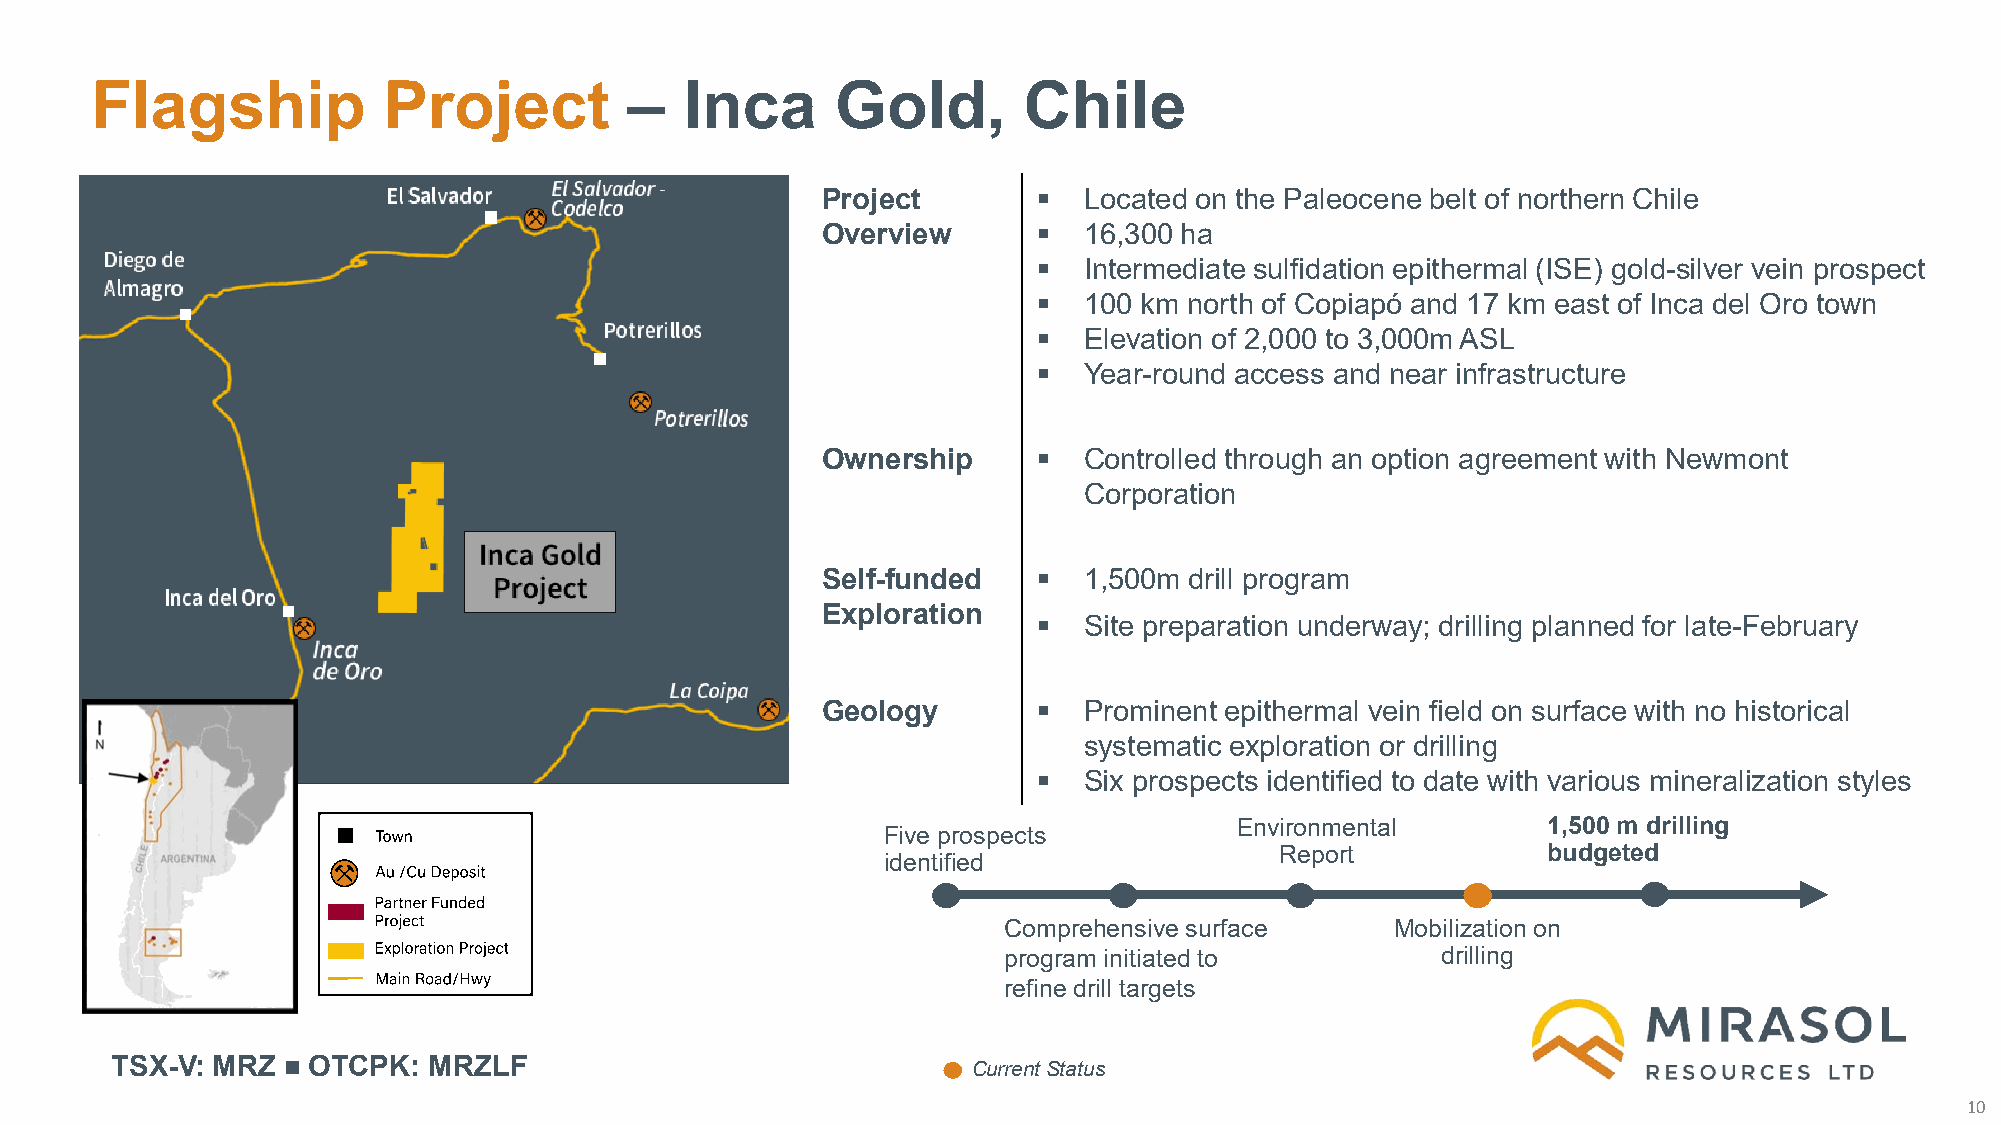
Flagship           Project          –  Inca      Gold,        Chile
 Project          Located on the Paleocene belt of northern Chile
 Overview         16,300 ha
   Intermediate sulfidation epithermal (ISE) gold-silver vein prospect
   100 km north of Copiapó and 17 km east of Inca del Oro town
   Elevation of 2,000 to 3,000m ASL
   Year-round access and near infrastructure
 Ownership        Controlled through an option agreement with Newmont
 Corporation
 Self-funded      1,500m drill program
 Exploration
   Site preparation underway; drilling planned for late-February
 Geology          Prominent epithermal vein field on surface with no historical
 systematic exploration or drilling
   Six prospects identified to date with various mineralization styles
 Environmental       1,500 m drilling
 Five prospects
 Report           budgeted
 identified
 Comprehensive surface     Mobilization on
 program initiated to         drilling
 refine drill targets
 TSX-V: MRZ   OTCPK:  MRZLF                               Current Status
 a
 10